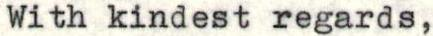
With kindest regards,